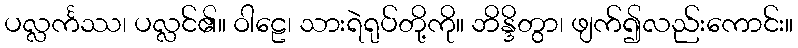
ပလ္လင်္ကဿ၊ ပလ္လင်၏။ ဝါဠေ၊ သားရဲရုပ်တို့ကို။ ဘိန္ဒိတွာ၊ ဖျက်၍လည်းကောင်း။